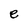
Character: e